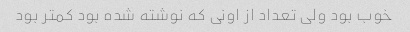
خوب بود ولی تعداد از اونی که نوشته شده بود کمتر بود